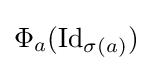
\Phi _{a}(\operatorname {Id} _{\sigma (a)})